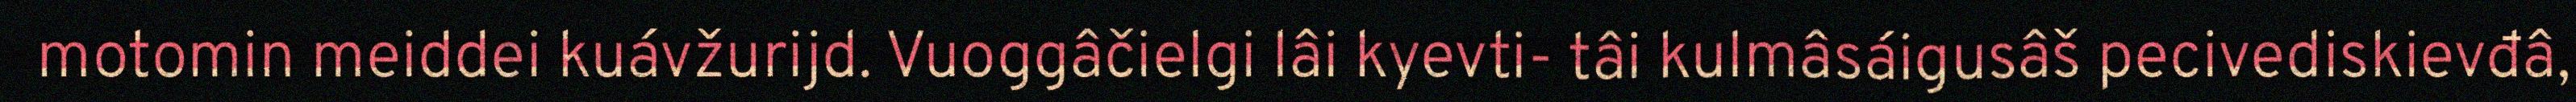
motomin meiddei kuávžurijd. Vuoggâčielgi lâi kyevti- tâi kulmâsáigusâš pecivediskievđâ,